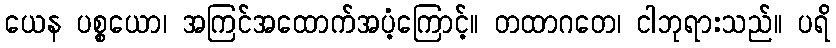
ယေန ပစ္စယော၊ အကြင်အထောက်အပံ့ကြောင့်။ တထာဂတေ၊ ငါဘုရားသည်။ ပရိ